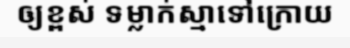
ឲ្យខ្ពស់ ទម្លាក់ស្មាទៅក្រោយ